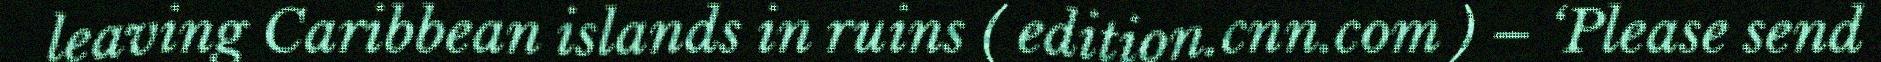
leaving Caribbean islands in ruins ( edition.cnn.com ) – ‘Please send